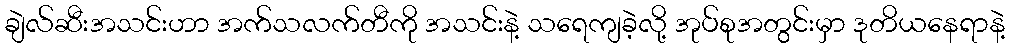
ချဲလ်ဆီးအသင်းဟာ အက်သလက်တီကို အသင်းနဲ့ သရေကျခဲ့လို့ အုပ်စုအတွင်းမှာ ဒုတိယနေရာနဲ့